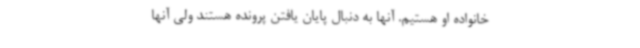
خانواده او هستیم. آنها به دنبال پایان یافتن پرونده هستند ولی آنها